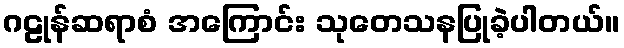
ဂဠုန်ဆရာစံ အကြောင်း သုတေသနပြုခဲ့ပါတယ်။